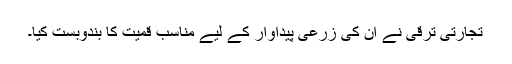
تجارتی ترقی نے ان کی زرعی پیداوار کے لیے مناسب قمیت کا بندوبست کیا۔